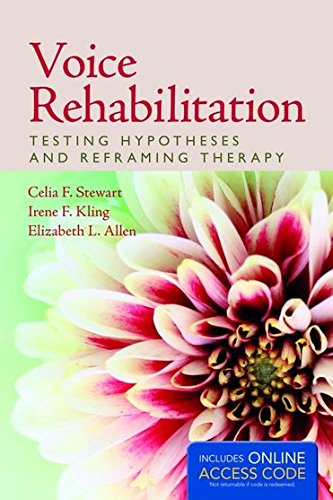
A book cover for Voice Rehabilitation: Testing Hypotheses And Reframing Therapy; Celia F Stewart; Medical Books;